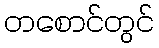
တစောင်တွင်